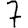
Digit: 7